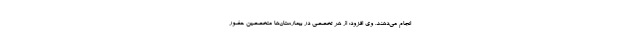
انجام می‌دهند. وی افزود: از هر تخصصی در بیمارستان‌ها متخصصین حضور